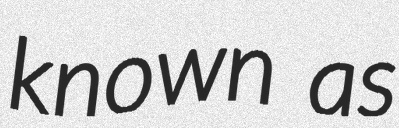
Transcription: known as